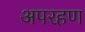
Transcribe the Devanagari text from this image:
अपरहण